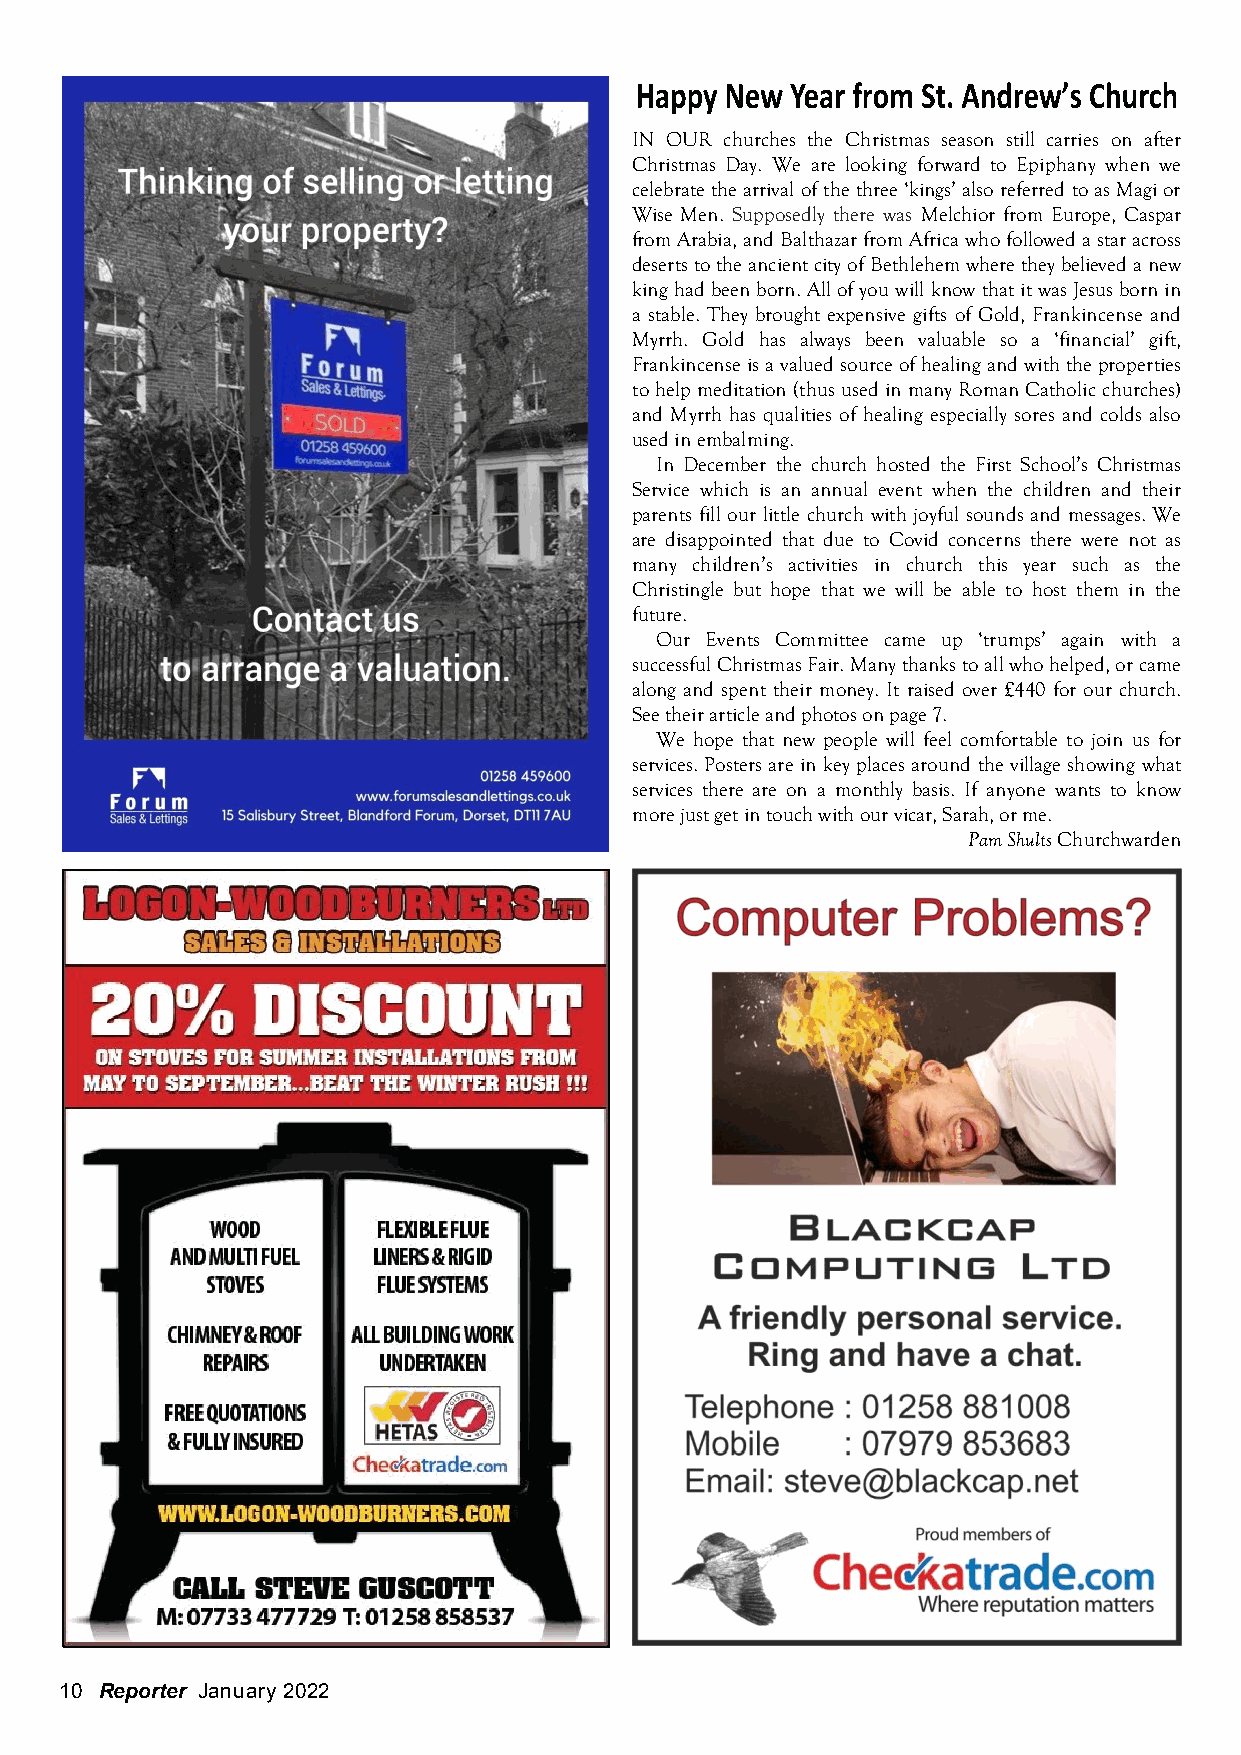
IN OUR churches the Christmas season still carries on after
 Christmas Day. We are looking forward to Epiphany when we
 celebrate the arrival of the three ‘kings’ also referred to as Magi or
 Wise Men. Supposedly there was Melchior from Europe, Caspar
 from Arabia, and Balthazar from Africa who followed a star across
 deserts to the ancient city of Bethlehem where they believed a new
 king had been born. All of you will know that it was Jesus born in
 a stable. They brought expensive gifts of Gold, Frankincense and
 Myrrh. Gold has always been valuable so a ‘financial’ gift,
 Frankincense is a valued source of healing and with the properties
 to help meditation (thus used in many Roman Catholic churches)
 and Myrrh has qualities of healing especially sores and colds also
 used in embalming.
 In December the church hosted the First School’s Christmas
 Service which is an annual event when the children and their
 parents fill our little church with joyful sounds and messages. We
 are disappointed that due to Covid concerns there were not as
 many children’s activities in church this year such as the
 Christingle but hope that we will be able to host them in the
 future.
 Our Events Committee came up ‘trumps’ again with a
 successful Christmas Fair. Many thanks to all who helped, or came
 along and spent their money. It raised over £440 for our church.
 See their article and photos on page 7.
 We hope that new people will feel comfortable to join us for
 services. Posters are in key places around the village showing what
 services there are on a monthly basis. If anyone wants to know
 more just get in touch with our vicar, Sarah, or me.
 Pam Shults Churchwarden
 10 Reporter January 2022